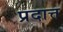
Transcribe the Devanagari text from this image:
प्रदात्त